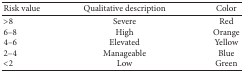
<table><thead><tr><td><b>Risk value</b></td><td><b>Qualitative description</b></td><td><b>Color</b></td></tr></thead><tbody><tr><td>&gt;8</td><td>Severe</td><td>Red</td></tr><tr><td>6–8</td><td>High</td><td>Orange</td></tr><tr><td>4–6</td><td>Elevated</td><td>Yellow</td></tr><tr><td>2–4</td><td>Manageable</td><td>Blue</td></tr><tr><td>&lt;2</td><td>Low</td><td>Green</td></tr></tbody></table>